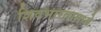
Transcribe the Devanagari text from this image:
शिवभारतामध्ये